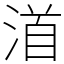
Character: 渞